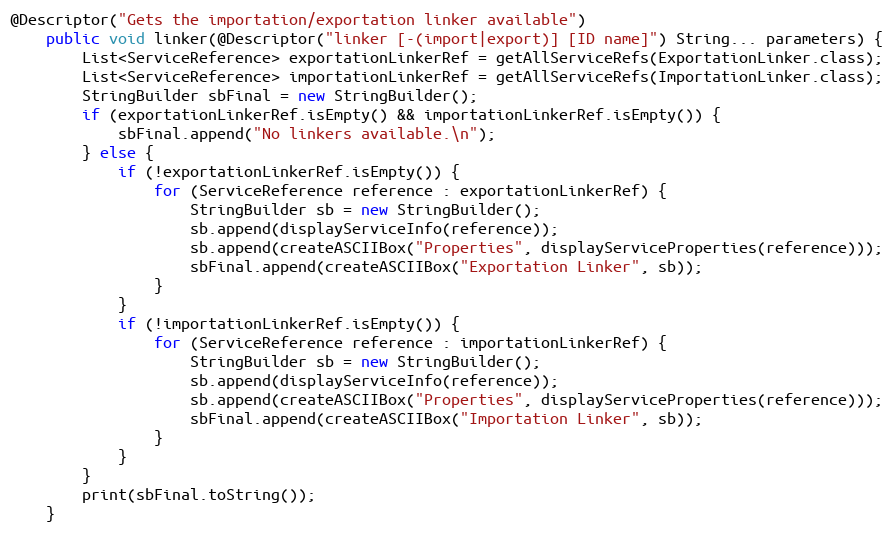
Language: Java
@Descriptor("Gets the importation/exportation linker available")
    public void linker(@Descriptor("linker [-(import|export)] [ID name]") String... parameters) {
        List<ServiceReference> exportationLinkerRef = getAllServiceRefs(ExportationLinker.class);
        List<ServiceReference> importationLinkerRef = getAllServiceRefs(ImportationLinker.class);
        StringBuilder sbFinal = new StringBuilder();
        if (exportationLinkerRef.isEmpty() && importationLinkerRef.isEmpty()) {
            sbFinal.append("No linkers available.\n");
        } else {
            if (!exportationLinkerRef.isEmpty()) {
                for (ServiceReference reference : exportationLinkerRef) {
                    StringBuilder sb = new StringBuilder();
                    sb.append(displayServiceInfo(reference));
                    sb.append(createASCIIBox("Properties", displayServiceProperties(reference)));
                    sbFinal.append(createASCIIBox("Exportation Linker", sb));
                }
            }
            if (!importationLinkerRef.isEmpty()) {
                for (ServiceReference reference : importationLinkerRef) {
                    StringBuilder sb = new StringBuilder();
                    sb.append(displayServiceInfo(reference));
                    sb.append(createASCIIBox("Properties", displayServiceProperties(reference)));
                    sbFinal.append(createASCIIBox("Importation Linker", sb));
                }
            }
        }
        print(sbFinal.toString());
    }